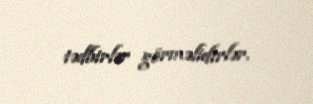
tədbirlər görməlidirlər.